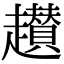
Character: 䟎